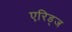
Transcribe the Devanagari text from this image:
एरिड्‌ज